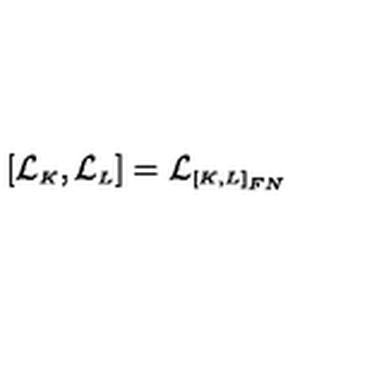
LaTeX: [ { \cal L } _ { \scriptscriptstyle K } , { \cal L } _ { \scriptscriptstyle L } ] = { \cal L } _ { \scriptscriptstyle [ K , L ] _ { F N } }